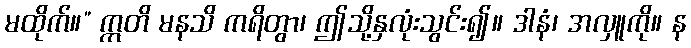
မထိုက်။” ဣတိ မနသိ ကရိတွာ၊ ဤသို့နှလုံးသွင်း၍။ ဒါနံ၊ အလှူကို။ န